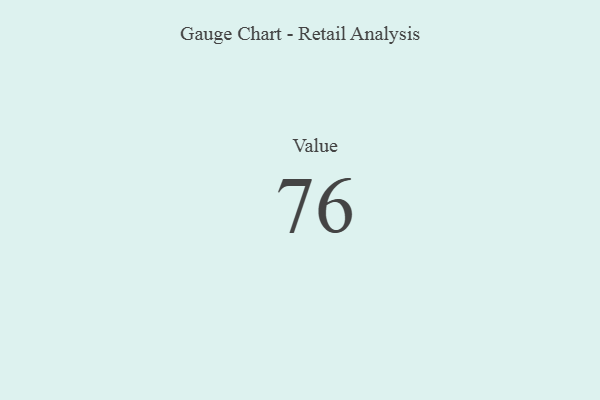
{"axis": {"x": "Metric", "y": "Value"}, "legend": [""], "data": [{"x": "Value", "y": 76, "type": ""}]}